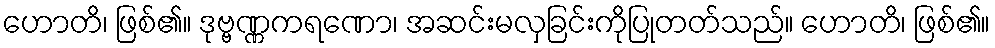
ဟောတိ၊ ဖြစ်၏။ ဒုဗ္ဗဏ္ဏကရဏော၊ အဆင်းမလှခြင်းကိုပြုတတ်သည်။ ဟောတိ၊ ဖြစ်၏။